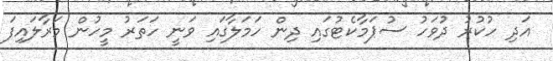
އަދި ހުކުރު ދުވަހު ސުޕަމާކެޓުގައި ދިން ހަމަލާގައި ވަނީ ހަތަރު މީހުން މަރާލައިފަ